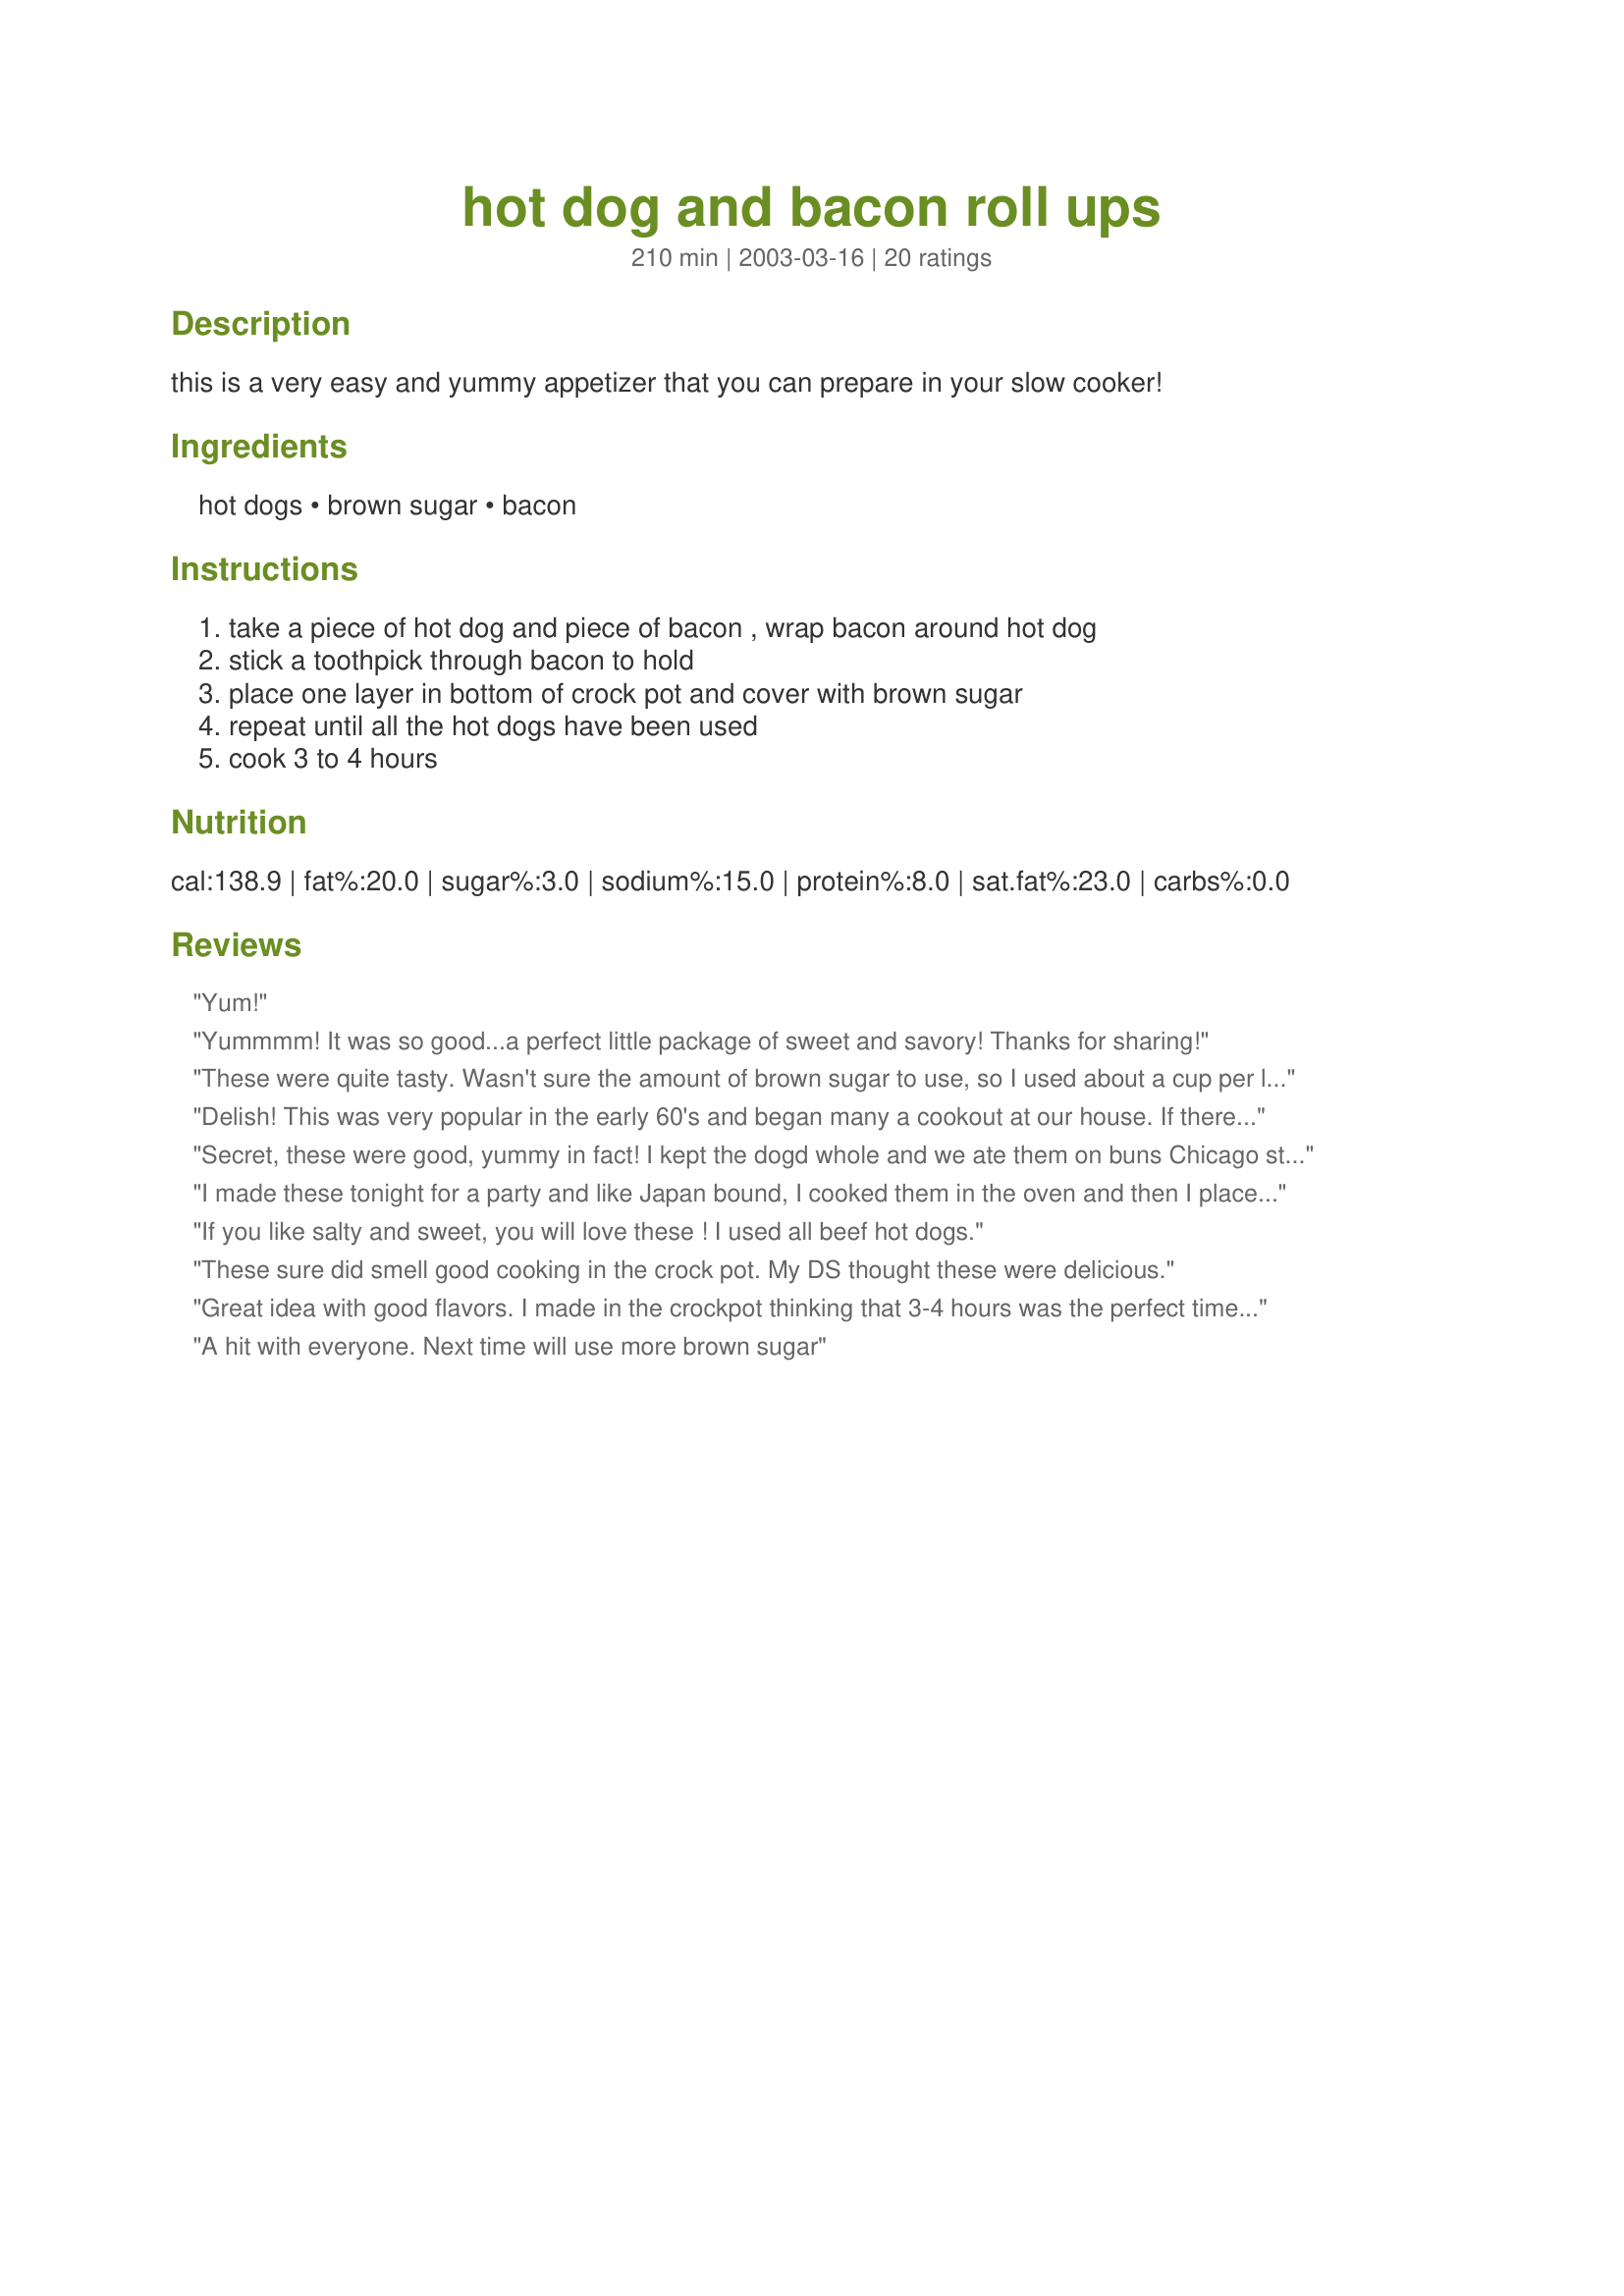
hot dog and bacon roll ups
Preparation time: 210 minutes

this is a very easy and yummy appetizer that you can prepare in your slow cooker!

Ingredients:
hot dogs, brown sugar, bacon

Steps:
take a piece of hot dog and piece of bacon , wrap bacon around hot dog, stick a toothpick through bacon to hold, place one layer in bottom of crock pot and cover with brown sugar, repeat until all the hot dogs have been used, cook 3 to 4 hours

Reviews:
Yum!
Yummmm! It was so good...a perfect little package of sweet and savory! Thanks for sharing!
These were quite tasty. Wasn't sure the amount of brown sugar to use, so I used about a cup per layer. We all decided we liked the bottom layer the best since they had the most time to soak up the yummy juices. THANKS!
Delish! This was very popular in the early 60's and began many a cookout at our house. If there was any brown sugar left from the hot dogs, it was good in baked beans. Gingerbear, thanks for the memory! Janet
Secret, these were good, yummy in fact! I kept the dogd whole and we ate them on buns Chicago style, loaded. BF loved them...TY
I made these tonight for a party and like Japan bound, I cooked them in the oven and then I placed them in the crock pot to keep them warm. Everyone loved them! Very simple to put together...thanks so much for posting!
If you like salty and sweet, you will love these ! I used all beef hot dogs.
These sure did smell good cooking in the crock pot. My DS thought these were delicious.
Great idea with good flavors. I made in the crockpot thinking that 3-4 hours was the perfect time to be out of the house. I came home to a black mess of burned crockpot-smelly, black, burned yuck. I took the second pack of hotdogs and quickly remade and popped in the oven at 350 for 15mins, turning once. I rated highly because out of the oven they were great with really good taste. Line pan with foil, brown sugar is sticky. Overall good, but not for crockpot.
A hit with everyone. Next time will use more brown sugar
I tried this once and they were really good but I lost the receipe so tonight I went serching for itand found on food.com, I am so glad to find this again as I wanted to make it for thanksgiving everyone that tried it thought they were great. thanks for the receipe
I renamed this recipe "Heaven" because they taste so good! I used lil smokeys instead of hot dogs and they were awesome. The bacon was good, smokeys were good, and the brown sugar gave them just the right amount of sweetness. Like someone said before the ones at the bottom are the best. Next time I will add more brown sugar.
I made it for my dads 50th birthday and he loved it! I was so stumped trying to find the best little quick finger food but it was perfect! Thanks!
Hot dogs stuffed in bacon. Next, I'm moving on to trying bacon s'mores. Excessive, eh? Not me.
Loved these and when you have kids it is an easy appetizer for both kids and adults. I used the oven, and YES use foil for an easy clean-up. I worry about my Crock Pot since the NEWER Crock pots ARE SO MUCH HOTTER than the older Crock pots.
Moma made something similar. She would make a slit in the hot dogs and put a thick strip of cheddar cheese in the slit. Then wrap it with bacon and pin it with toothpicks soaked in waterror and bake them in a 350&deg; oven.
Very tasty appetizer. The brown sugar really makes this dish. Next time I think I'll remove some of the bacon grease halfway through cooking, so the hot dogs get thoroughly coated with that yummy brown sugar.
My boyfriend and I love these! I cut the hot dogs in thirds and the bacon in half. They are super easy to make and delicious! I try to make these ahead of time, then chill, so the bacon fat solidifies and I can peel it off.
Everyone raved over these. I only used 1 pack of hot dogs, had I know how well they would go over I would have made more. I baked them since I already had the oven on (350 for 1 hour.)
I tried these at a party they were wonderful! You would never know it had a hot dog in it!!! My friend cut the dogs into 5ths & the bacon into 3rds & it comes out perfect she said then wrap the bacon around & use a toothpick to hold it together, then pour 1 pound of brown sugar on top. She baked them in the oven at 350 for 1 hour. When done she drained the fat off. She served them out of a crockpot to keep them warm. I plan to a make them this weekend for a baby shower!
